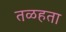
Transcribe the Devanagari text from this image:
तळहता